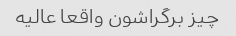
چیز برگراشون واقعا عالیه